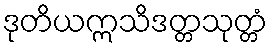
ဒုတိယဣသိဒတ္တသုတ္တံ